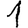
Digit: 1